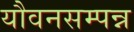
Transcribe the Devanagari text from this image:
यौवनसम्पन्न